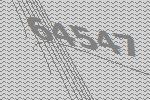
64547